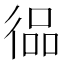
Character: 𱝵